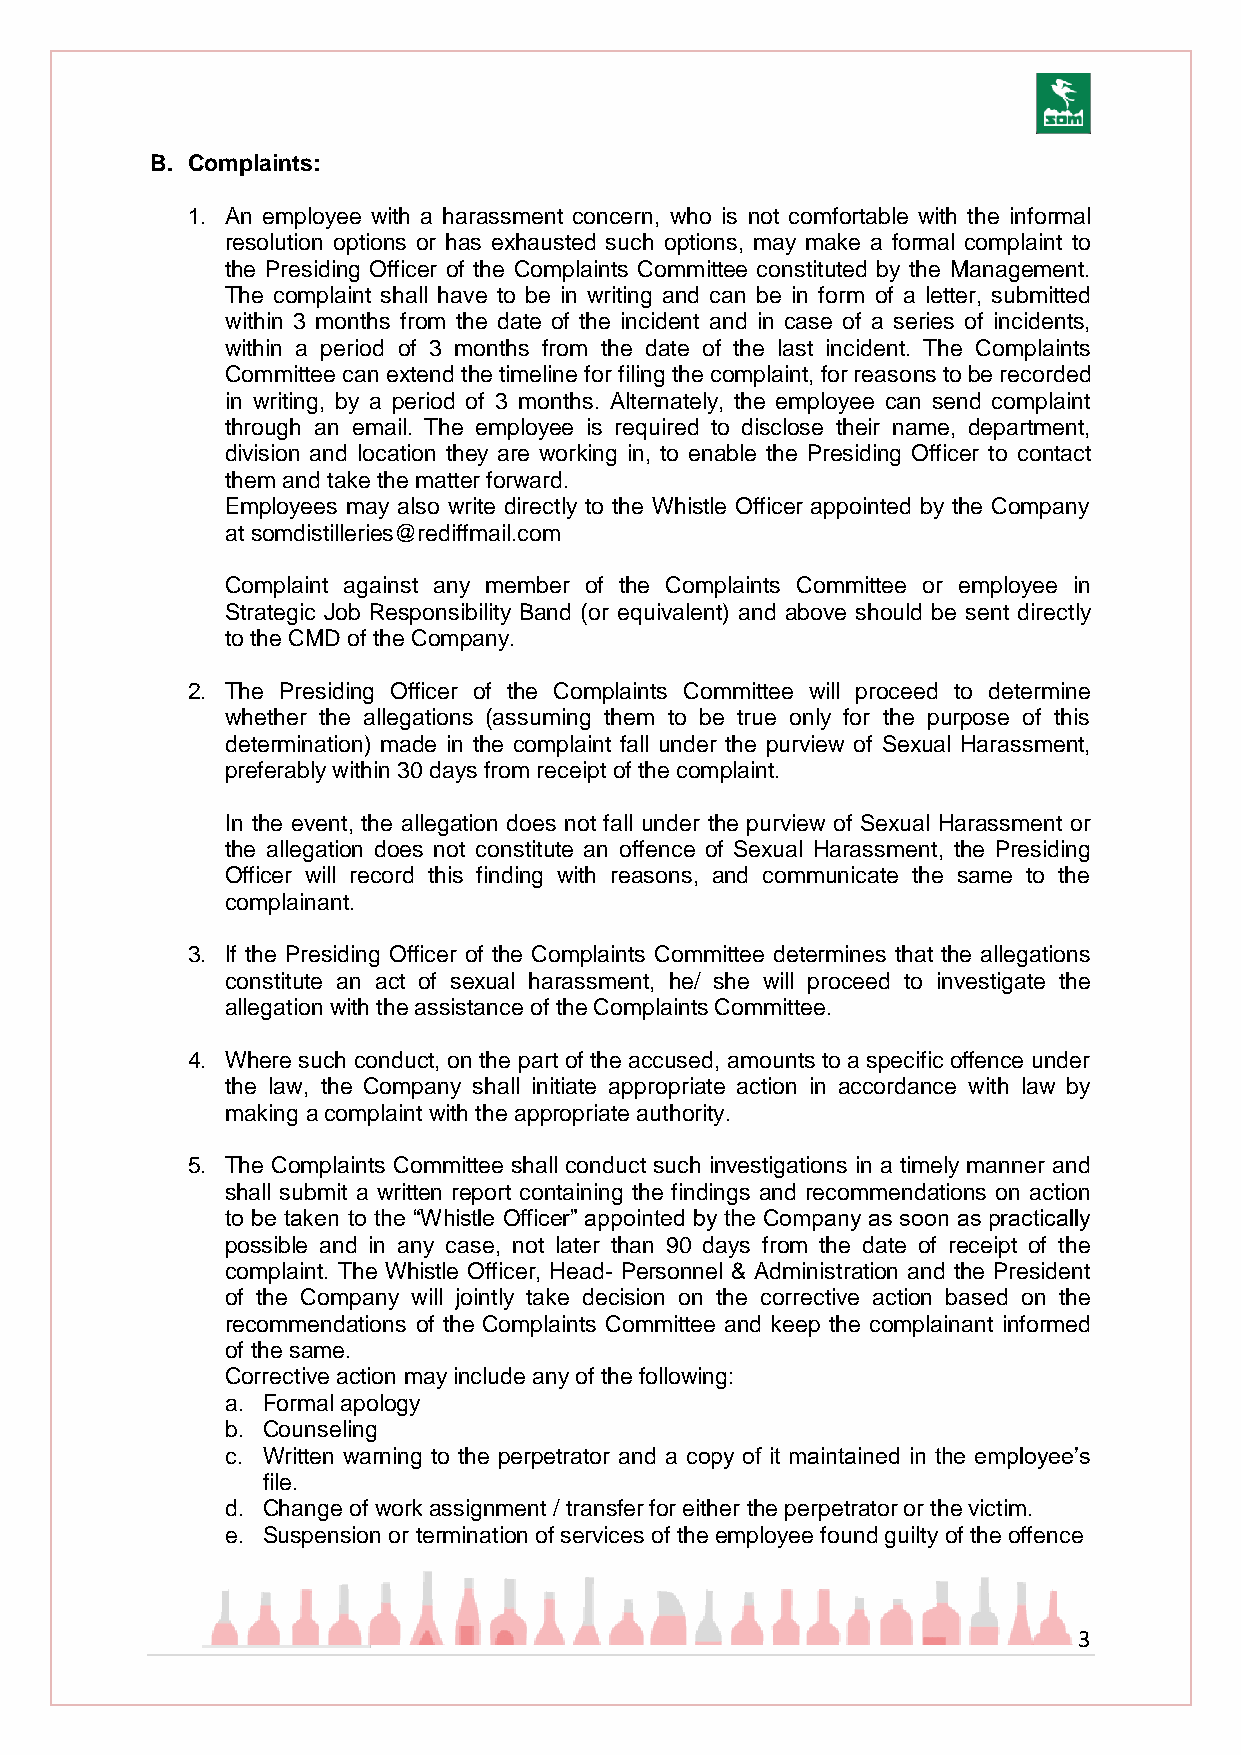
B. Complaints:
 1. An employee with a harassment concern, who is not comfortable with the informal
 resolution options or has exhausted such options, may make a formal complaint to
 the Presiding Officer of the Complaints Committee constituted by the Management.
 The complaint shall have to be in writing and can be in form of a letter, submitted
 within 3 months from the date of the incident and in case of a series of incidents,
 within a period of 3 months from the date of the last incident. The Complaints
 Committee can extend the timeline for filing the complaint, for reasons to be recorded
 in writing, by a period of 3 months. Alternately, the employee can send complaint
 through an email. The employee is required to disclose their name, department,
 division and location they are working in, to enable the Presiding Officer to contact
 them and take the matter forward.
 Employees may also write directly to the Whistle Officer appointed by the Company
 at somdistilleries@rediffmail.com
 Complaint against any member of the Complaints Committee or employee in
 Strategic Job Responsibility Band (or equivalent) and above should be sent directly
 to the CMD of the Company.
 2. The Presiding Officer of the Complaints Committee will proceed to determine
 whether the allegations (assuming them to be true only for the purpose of this
 determination) made in the complaint fall under the purview of Sexual Harassment,
 preferably within 30 days from receipt of the complaint.
 In the event, the allegation does not fall under the purview of Sexual Harassment or
 the allegation does not constitute an offence of Sexual Harassment, the Presiding
 Officer will record this finding with reasons, and communicate the same to the
 complainant.
 3. If the Presiding Officer of the Complaints Committee determines that the allegations
 constitute an act of sexual harassment, he/ she will proceed to investigate the
 allegation with the assistance of the Complaints Committee.
 4. Where such conduct, on the part of the accused, amounts to a specific offence under
 the law, the Company shall initiate appropriate action in accordance with law by
 making a complaint with the appropriate authority.
 5. The Complaints Committee shall conduct such investigations in a timely manner and
 shall submit a written report containing the findings and recommendations on action
 to be taken to the “Whistle Officer” appointed by the Company as soon as practically
 possible and in any case, not later than 90 days from the date of receipt of the
 complaint. The Whistle Officer, Head- Personnel & Administration and the President
 of the Company will jointly take decision on the corrective action based on the
 recommendations of the Complaints Committee and keep the complainant informed
 of the same.
 Corrective action may include any of the following:
 a. Formal apology
 b. Counseling
 c. Written warning to the perpetrator and a copy of it maintained in the employee‟s
 file.
 d. Change of work assignment / transfer for either the perpetrator or the victim.
 e. Suspension or termination of services of the employee found guilty of the offence
 3